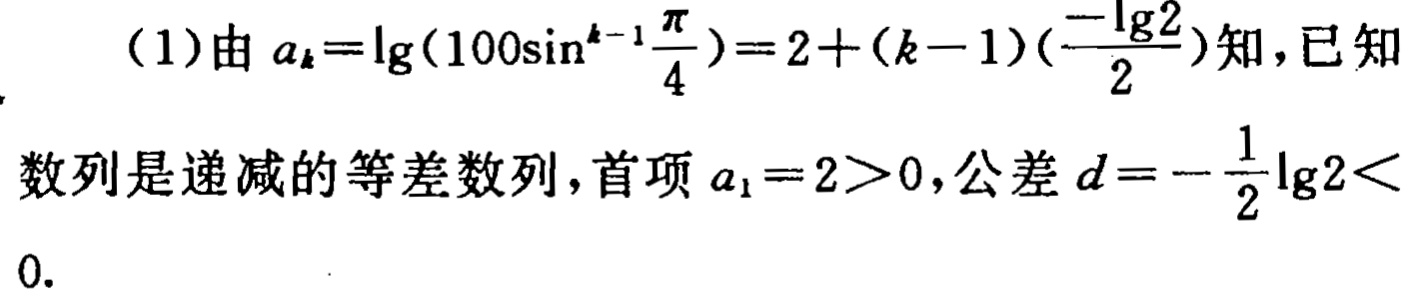
（1）由\(a_{k}=\lg(100\sin^{k - 1}\frac{\pi}{4}) = 2+(k - 1)(\frac{-\lg2}{2})\)知，已知

数列是递减的等差数列，首项\(a_{1}=2>0\)，公差\(d = -\frac{1}{2}\lg2<0\).